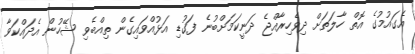
އެގައުމުގެ އޮތް ހާލަތަށް ދިވެހިރާއްޖެ ދަނީކަމަށްބުނެ ފަގުޑި އަޅުއްވައިގެން ތިއްބެވި ޝޭހުން އެދައްކަވާ